Scientific memoirs by medical officers of the Army of India - Part III,
Year: 1887
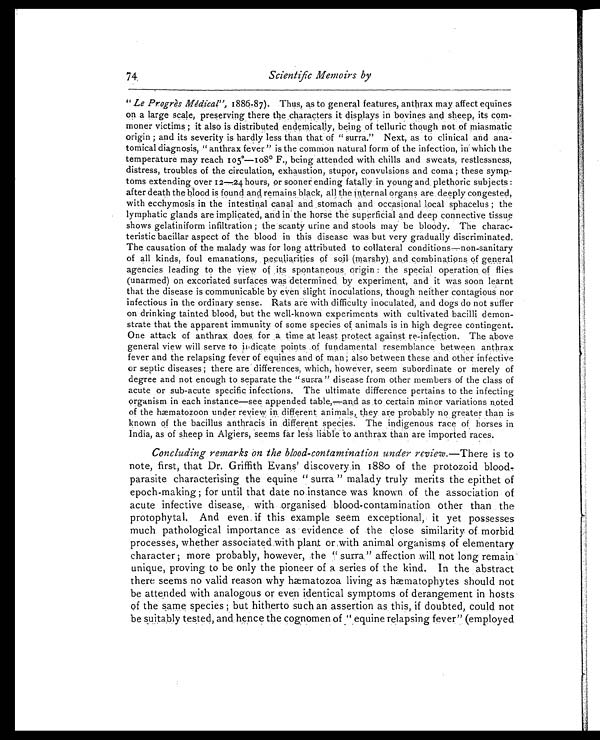
Scientific Memoirs by
" Le Progres Medical", 1886-87). Thus, as to general features, anthrax may affect equines
on a large scale, preserving there the characters it displays in bovines and sheep, its com-
moner victims ; it also is distributed endemically, being of telluric though not of miasmatic
origin ; and its severity is hardly less than that of " surra." Next, as to clinical and ana-
tomical diagnosis, "anthrax fever" is the common natural form of the infection, in which the
temperature may reach 105˚—108˚ F., being attended with chills and sweats, restlessness,
distress, troubles of the circulation, exhaustion, stupor, convulsions and coma ; these symp-
toms extending over 12—24 hours, or sooner ending fatally in young and plethoric subjects :
after death the blood is found and remains black, all the internal organs are deeply congested,
with ecchymosis in the intestinal canal and stomach and occasional local sphacelus ; the
lymphatic glands are implicated, and in the horse the superficial and deep connective tissue
shows gelatiniform infiltration ; the scanty urine and stools may be bloody. The charac-
teristic bacillar aspect of the blood in this disease was but very gradually discriminated.
The causation of the malady was for long attributed to collateral conditions—non-sanitary
of all kinds, foul emanations, peculiarities of soil (marshy) and combinations of general
agencies leading to the view of its spontaneous origin : the special operation of flies
(unarmed) on excoriated surfaces was determined by experiment, and it was soon learnt
that the disease is communicable by even slight inoculations, though neither contagious nor
infectious in the ordinary sense. Rats are with difficulty inoculated, and dogs do not suffer
on drinking tainted blood, but the well-known experiments with cultivated bacilli demon-
strate that the apparent immunity of some species of animals is in high degree contingent.
One attack of anthrax does for a time at least protect against re-infection. The above
general view will serve to indicate points of fundamental resemblance between anthrax
fever and the relapsing fever of equines and of man ; also between these and other infective
or septic diseases ; there are differences, which, however, seem subordinate or merely of
degree and not enough to separate the "surra " disease from other members of the class of
acute or sub-acute specific infections. The ultimate difference pertains to the infecting
organism in each instance—see appended table—and as to certain minor variations noted
of the hæmatozoon under review in different animals, they are probably no greater than is
known of the bacillus anthracis in different species. The indigenous race of horses in
India, as of sheep in Algiers, seems far less liable to anthrax than are imported races.
Concluding remarks on the blood-contamination under review. —There is to
note, first, that Dr. Griffith Evans' discovery in 1880 of the protozoid blood
- p a r a s i t e c h a r a c t e r i s i n g t h e e q u i n e " s u r r a " m a l a d y t r u l y m e r i t s t h e e p i t h e t o f
epoch-making ; for until that date no instance was known of the association of
acute infective disease, with organised blood-contamination other than the
protophytal. And even if this example seem exceptional, it yet possesses
much pathological importance as evidence of the close similarity of morbid
processes, whether associated with plant or with animal organisms of elementary
character ; more probably, however, the " surra " affection will not long remain
unique, proving to be only the pioneer of a series of the kind. In the abstract
there seems no valid reason why hæmatozoa living as hœmatophytes should not
be attended with analogous or even identical symptoms of derangement in hosts
of the same species ; but hitherto such an assertion as this, if doubted, could not
be suitably tested, and hence the cognomen of " equine relapsing fever" (employed
74